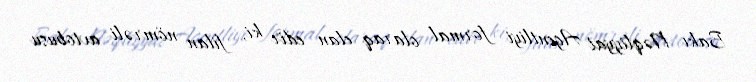
Bakı Nəqliyyat Agentliyi formal olaraq elan edir ki, filan nömrəli avtobusu